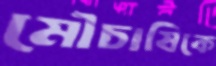
মৌচাষিকে